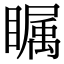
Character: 瞩